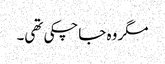
مگر وہ جاچکی تھی۔